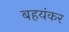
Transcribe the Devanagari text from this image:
बहयंकर